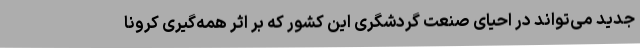
جدید می‌تواند در احیای صنعت گردشگری این کشور که بر اثر همه‌گیری کرونا